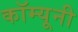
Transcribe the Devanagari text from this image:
कॉम्यूनी